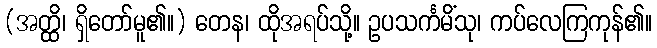
(အတ္ထိ၊ ရှိတော်မူ၏။) တေန၊ ထိုအရပ်သို့။ ဥပသင်္ကမိံသု၊ ကပ်လေကြကုန်၏။